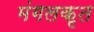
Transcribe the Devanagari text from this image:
मंगलकृत